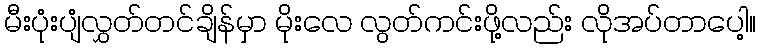
မီးပုံးပျံလွှတ်တင်ချိန်မှာ မိုးလေ လွတ်ကင်းဖို့လည်း လိုအပ်တာပေါ့။